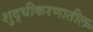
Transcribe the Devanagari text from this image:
शुद्घीकरणातील